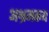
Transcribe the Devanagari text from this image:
अभ्रमकय